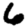
Digit: 6